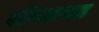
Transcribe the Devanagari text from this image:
शीशापड़ा